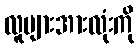
လူများအားလုံးကို